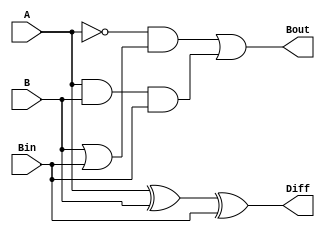
module fullsubtractor(input A, B, Bin, output Diff, Bout);

assign Diff = A ^ B ^ Bin;
assign Bout = (~A & (B | Bin)) | (A & B & Bin);

endmodule